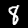
Label: 8